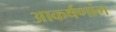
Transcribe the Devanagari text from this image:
आकर्षणांग